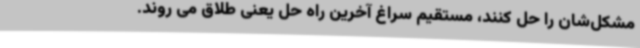
مشکل‌شان را حل کنند، مستقیم سراغ آخرین راه حل یعنی طلاق می روند.